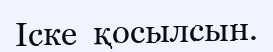
Іске  қосылсын.